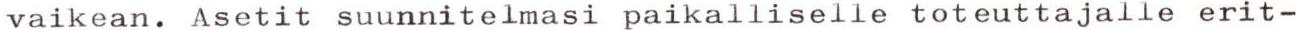
vaikean. Asetit suunnitelmasi paikalliselle toteuttajalle erit-